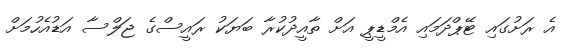
އެ ރަށުގައި ޓޭޕްދަމައި އެމްޑީޕީ އަށް ތާއީދުކުރާ ބަޔަކު ރައީސްގެ ޖަލްސާ އަޑުއެހުމަށް